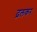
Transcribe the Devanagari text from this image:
ढ़लकर